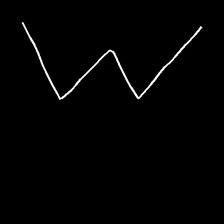
Glyph: crush